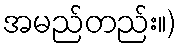
အမည်တည်း။)